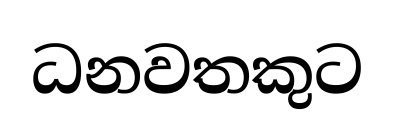
ධනවතකුට